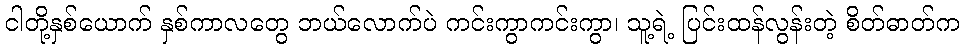
ငါတို့နှစ်ယောက် နှစ်ကာလတွေ ဘယ်လောက်ပဲ ကင်းကွာကင်းကွာ၊ သူ့ရဲ့ ပြင်းထန်လွန်းတဲ့ စိတ်ဓာတ်က